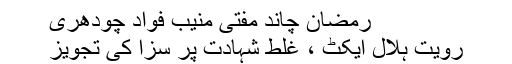
رمضان چاند مفتی منیب فواد چودھری
رویت ہلال ایکٹ ، غلط شہادت پر سزا کی تجویز